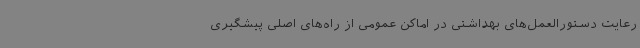
رعایت دستورالعمل‌های بهداشتی در اماکن عمومی از راه‌های اصلی پیشگیری